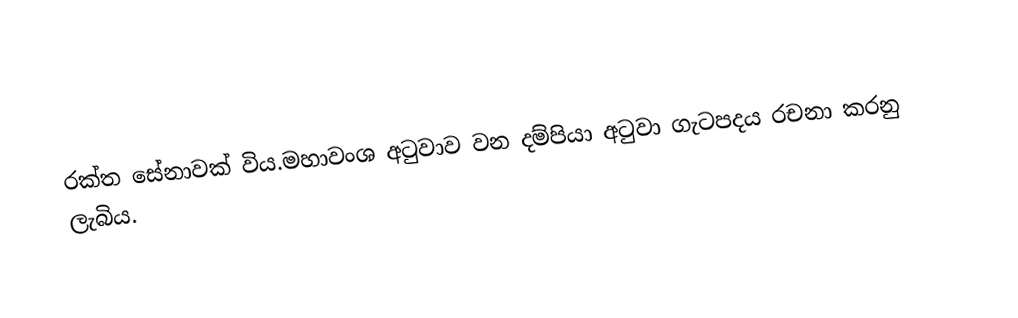
රක්ත සේනාවක් විය.මහාවංශ අටුවාව වන දම්පියා අටුවා ගැටපදය රචනා කරනු ලැබිය.